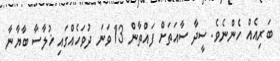
ބަރިއެއް ހެންނެވެ. ސީދާ ސާއަތަށް ފައްތާން 13 ވަނަ ދުވަހެއްގައި ޚުލާސާ ބާޔާނާ